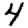
Digit: 4